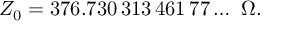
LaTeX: Z _ { 0 } = 3 7 6 . 7 3 0 \, 3 1 3 \, 4 6 1 \, 7 7 \ldots ~ \Omega .